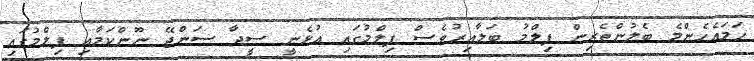
ހަމައެހެންމެ ބެލުންތެރިން ފިލްމު ބަލާއިރުވެސް ފިލްމުގައި އުޅެނީ ސީދާ ސަންޖޭ ނޫންކަމާއި ފިލްމުގައި